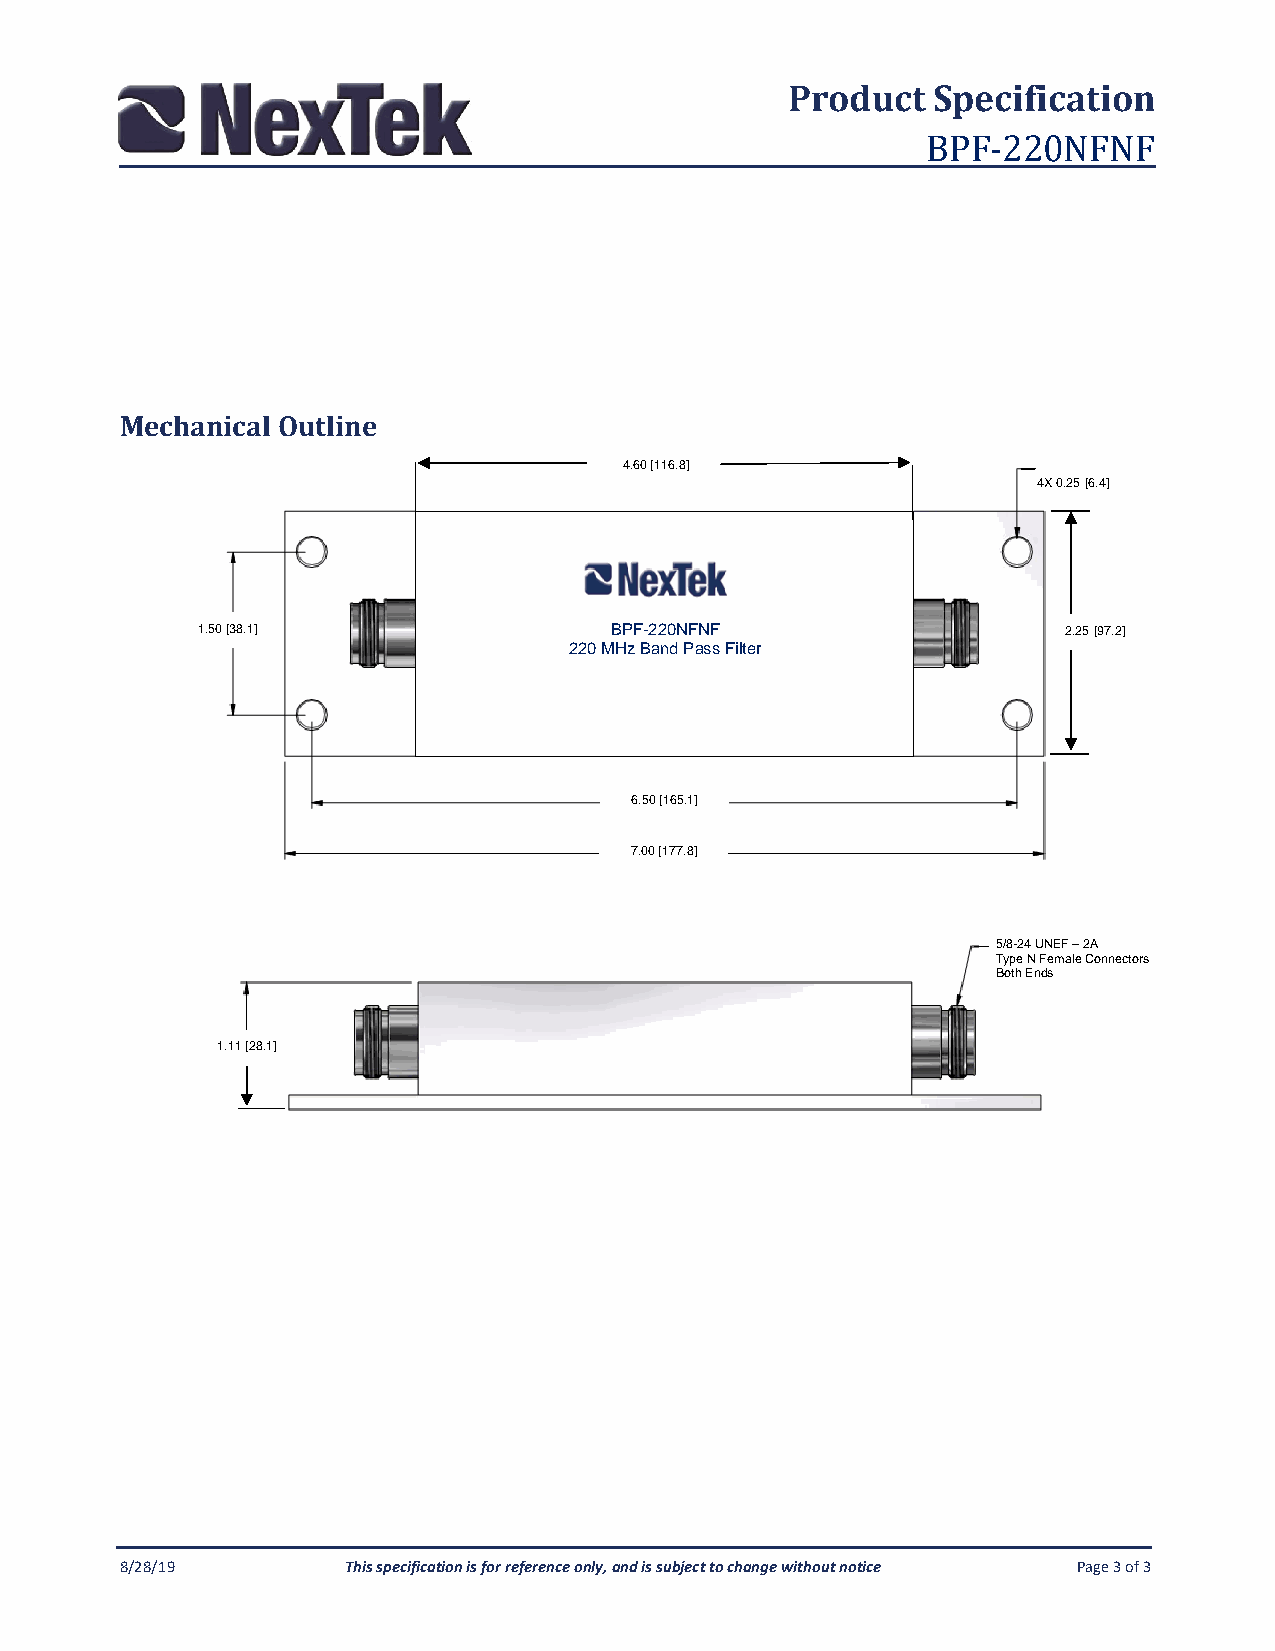
Product   Specification
 BPF-220NFNF
 Mechanical Outline
 4.60 [116.8]
 4X 0.25 [6.4]
 1.50 [38.1]                BPF-220NFNF                    2.25 [97.2]
 220 MHz Band Pass Filter
 6.50 [165.1]
 7.00 [177.8]
 5/8-24 UNEF – 2A
 Type N Female Connectors
 Both Ends
 1.11 [28.1]
 8/28/19        This specification is for reference only, and is subject to change without notice Page 3 of 3